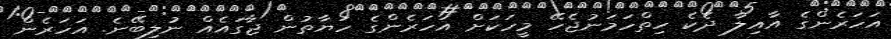
އަހަރެންގެ އާއިލާ ދެކެ ހިތްހަމަނުޖެހޭ މީހަކަށް އަހަރެންގެ ހަޔާތުން ޖާގައެއް ނުލިބޭނެ. އަހަރެން